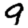
Digit: 9